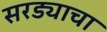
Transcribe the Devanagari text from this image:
सरड्याचा